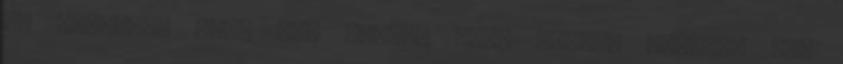
is jöhetne, mert nem tudom, hogy hogyan tovább. Sok